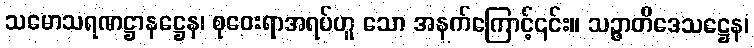
သမောသရဏဋ္ဌာနဋ္ဌေန၊ စုဝေးရာအရပ်ဟူ သော အနက်ကြောင့်၎င်း။ သဉ္ဇာတိဒေသဋ္ဌေန၊